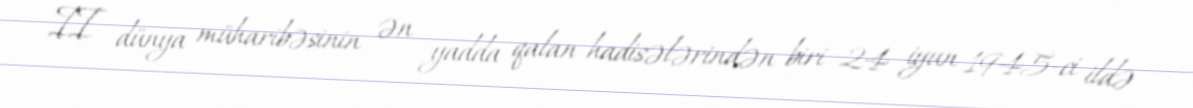
II dünya müharibəsinin ən yadda qalan hadisələrindən biri 24 iyun 1945-ci ildə